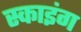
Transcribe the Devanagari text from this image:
स्काइंग